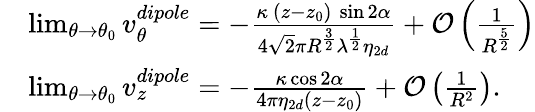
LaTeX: \begin{array}{rl}&{\operatorname*{lim}_{\theta\rightarrow\theta_{0}}v_{\theta}^{dipole}=-\frac{\kappa~(z-z_{0})~\sin 2\alpha}{4\sqrt{2}\pi R^{\frac{3}{2}}\lambda^{\frac{1}{2}}\eta_{2d}}+\mathcal{O}\left(\frac{1}{R^{\frac{5}{2}}}\right)}\\ &{\operatorname*{lim}_{\theta\rightarrow\theta_{0}}v_{z}^{dipole}=-\frac{\kappa\cos 2\alpha}{4\pi\eta_{2d}(z-z_{0})}+\mathcal{O}\left(\frac{1}{R^{2}}\right).}\end{array}